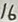
Text: 16